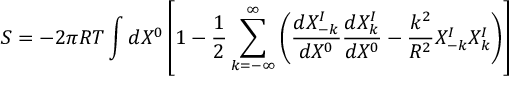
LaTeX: S = - 2 \pi R T \int d X ^ { 0 } \left[ 1 - { \frac { 1 } { 2 } } \sum _ { k = - \infty } ^ { \infty } \left( { \frac { d X _ { - k } ^ { I } } { d X ^ { 0 } } } { \frac { d X _ { k } ^ { I } } { d X ^ { 0 } } } - { \frac { k ^ { 2 } } { R ^ { 2 } } } X _ { - k } ^ { I } X _ { k } ^ { I } \right) \right]